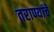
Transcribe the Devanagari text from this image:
तराण्यांचे